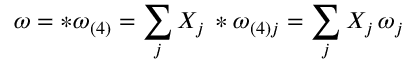
\omega = * \omega _ { ( 4 ) } = \sum _ { j } X _ { j } \, * \omega _ { ( 4 ) j } = \sum _ { j } X _ { j } \, \omega _ { j }